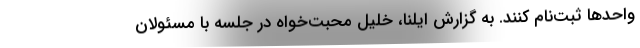
واحدها ثبت‌نام کنند. به گزارش ایلنا، خلیل محبت‌خواه در جلسه با مسئولان